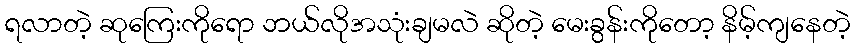
ရလာတဲ့ ဆုကြေးကိုရော ဘယ်လိုအသုံးချမလဲ ဆိုတဲ့ မေးခွန်းကိုတော့ နိမ့်ကျနေတဲ့